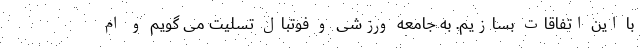
با این اتفاقات بسازیم. به جامعه ورزشی و فوتبال تسلیت می گویم و ام